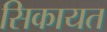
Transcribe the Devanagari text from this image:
सिकायत